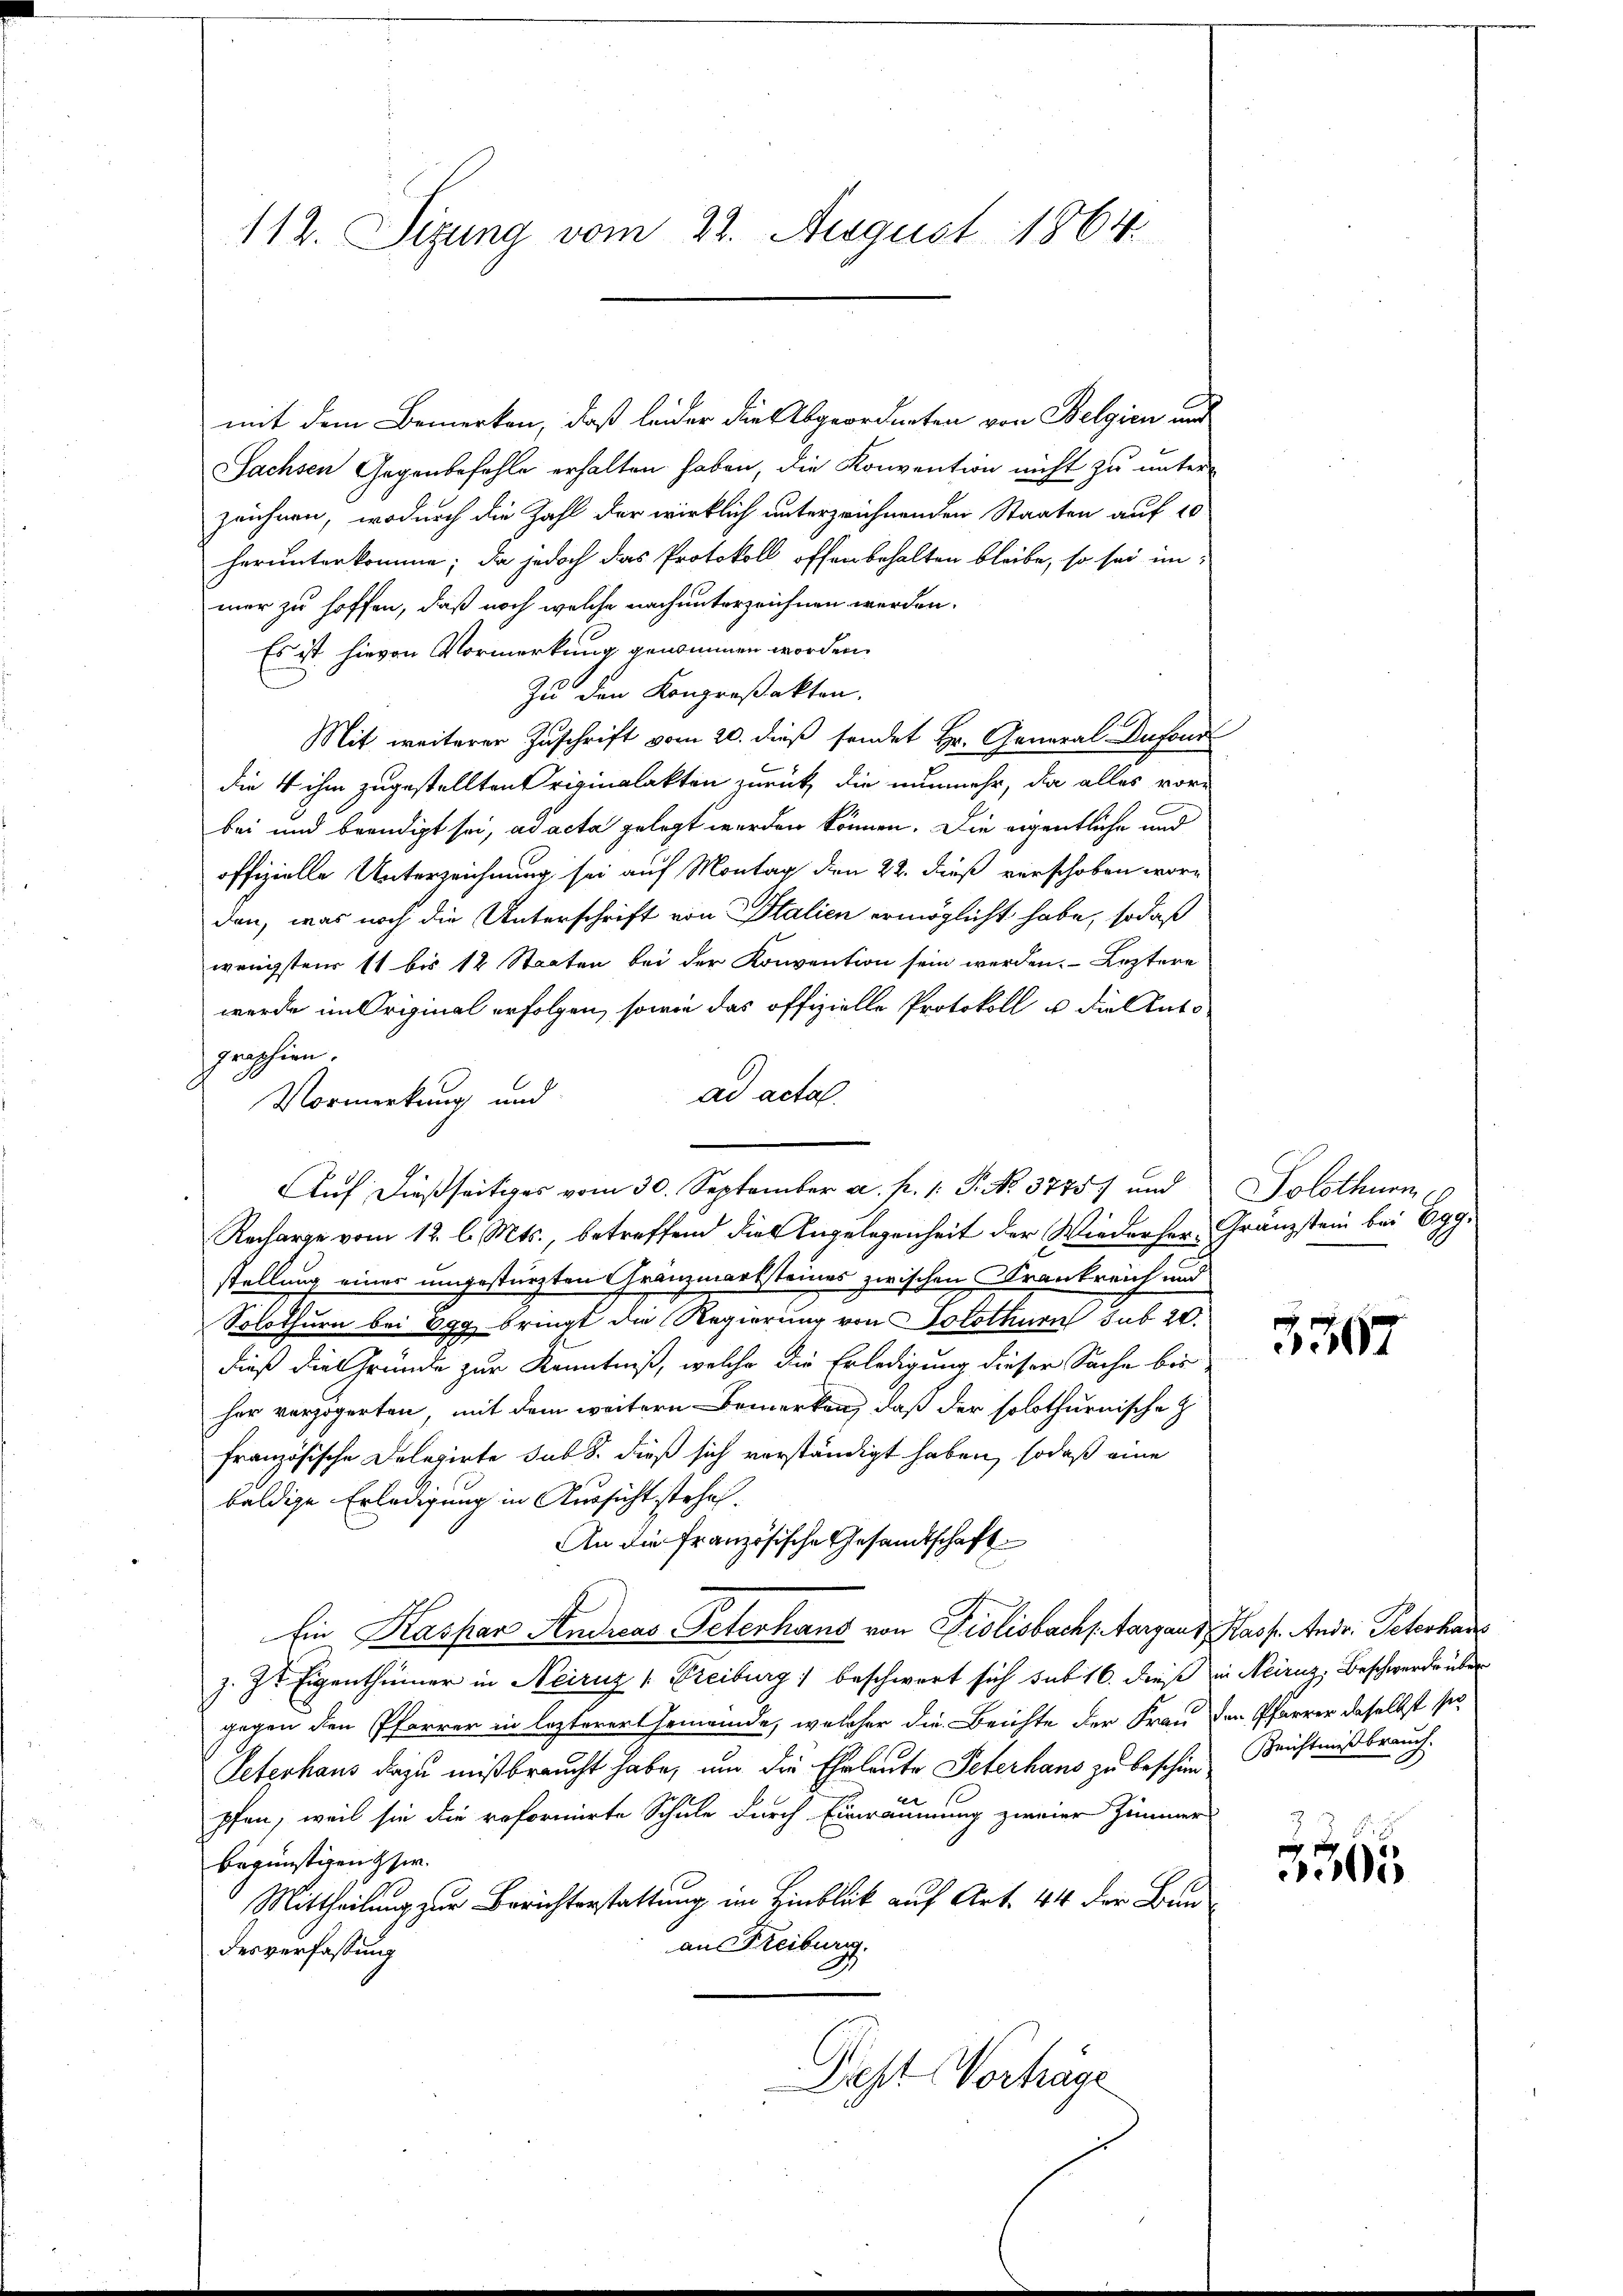
112. Sizung vom 22. August 1864.

mit dem Bemerken, daß leider die Abgeordneten von Belgien und
Sachsen Gegenbefehle erhalten haben, die Konvention nicht zu unterzeichnen, wodurch die Zahl der wirklich unterzeichnenden Staaten auf 10
herunterkomme; da jedoch das Protokoll offenbehalten bleibe, so sei im
mer zu hoffen, daß noch welche nach unterzeichnen werden.
Es ist hievon Vormerkung genommen worden.
Zu den Kongreßakten.
Mit weiterer Zuschrift vom 20. dieß sendet Hr. General Dufond
die 4 ihm zugestellten riginalakten zurück, die nunmehr, da alles vorbei und beendigt sei, ad acta gelegt werden können. Die eigentliche und
offizielle Unterzeichnung sei auf Montag den 22. dieß verschoben wäre
den, was noch die Unterschrift von Italien ermöglicht habe, sodaß
wenigstens 11 bis 12 Staaten bei der Konvention sein werden. Leztere
werde im Original erfolgen, sowie das offizielle Protokoll u. die Ents
graphien.
ad acta.
Vormerkung und
Auf dießseitiges vom 30. September a. p. 1. P. No. 3775. und
Recharge vom 12. l. Mts., betreffend die Angelegenheit der Wiederher-Granzstein bei Egg.
stellung einer umgestürzten Gränzmarksteines zwischen Krankreich und
Solothurn bei Egg bringt die Regierung von Solothurn sub 20.
dieß die Gründe zur Kenntniß, welche die Erledigung dieser Sache bisher verzögerten, mit dem weitern Bemerken, daß der solothurnische Z
französische Delegirte sub 8. dieß sich verständigt haben, sodaß eine
baldige Erledigung in Aussicht stehe.
An die französische Gesandtschaft
Ein Kaspar Andreas Petenhans von Pislisbach Aargau d. Kasp. Andr. Peterkade
z. Zt. Eigenthümer in Neiruz 1. Freiburg) beschwert sich sub 16. dieß in Neiruz, Beschwerde über
gegen den Pfarrer in lezterer Gemeinde, welcher die Beichte der Frau den Pfarrer daselbst sei
Peterhaus dazu mißbraucht habe, um die Ehrleute Peterhaus zu beschied Reichtnißbrauch.
pfen, weil sie die reformierte Schule durch Einräumung zweier Zimmer
begünstigen Ger.
Mittheilung zur Berichterstattung im Hinblick auf Art. 44 der Bunan Freiburg.
desverfassung
Dist Verhäge

Solothurn

5307

5305